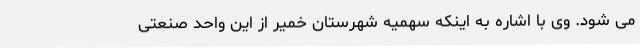
می شود. وی با اشاره به اینکه سهمیه شهرستان خمیر از این واحد صنعتی